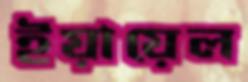
ইয়ায়েল